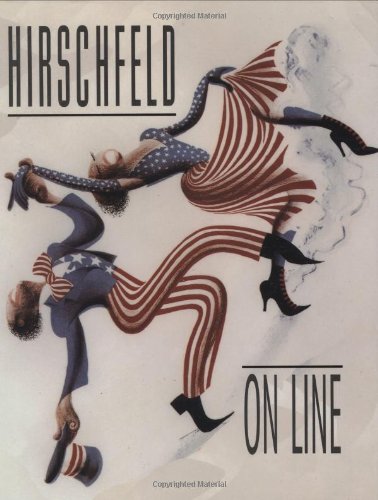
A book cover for Hirschfeld On Line; Al Hirschfeld; Comics & Graphic Novels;